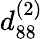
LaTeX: {d_{88}^{(2)}}